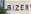
bizer